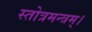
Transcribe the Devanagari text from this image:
स्तोत्रमन्त्रम्।